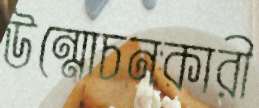
উন্মোচনকারী